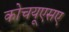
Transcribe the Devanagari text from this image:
कोचयूएसए